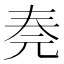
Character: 𠒏